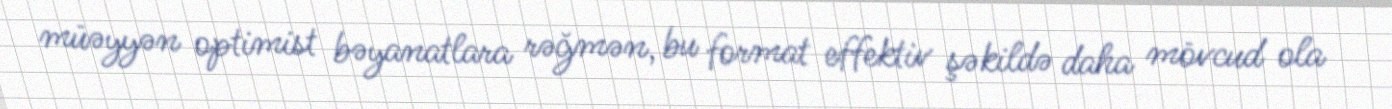
müəyyən optimist bəyanatlara rəğmən, bu format effektiv şəkildə daha mövcud ola